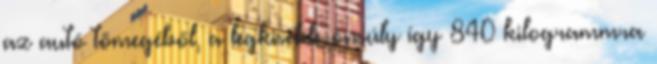
az autó tömegéből, a legkisebb önsúly így 840 kilogrammra